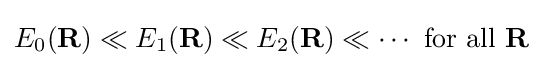
E_{0}(\mathbf {R} )\ll E_{1}(\mathbf {R} )\ll E_{2}(\mathbf {R} )\ll \cdots {\text{ for all }}\mathbf {R}